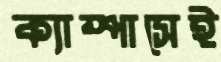
ক্যাম্পাসেই